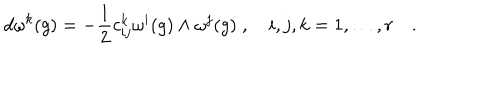
LaTeX: d \omega ^ { k } ( g ) = - \frac { 1 } { 2 } c _ { i j } ^ { k } \omega ^ { i } ( g ) \wedge \omega ^ { j } ( g ) \; , \quad i , j , k = 1 , \ldots , r \quad .